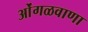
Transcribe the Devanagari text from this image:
ओंगळवाणा